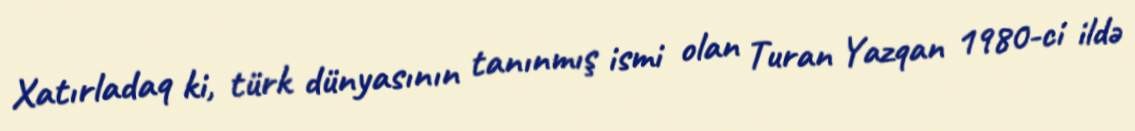
Xatırladaq ki, türk dünyasının tanınmış ismi olan Turan Yazqan 1980-ci ildə